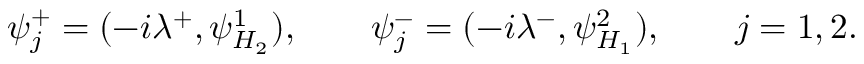
\psi _ { j } ^ { + } = ( - i \lambda ^ { + } , \psi _ { H _ { 2 } } ^ { 1 } ) , \qquad \psi _ { j } ^ { - } = ( - i \lambda ^ { - } , \psi _ { H _ { 1 } } ^ { 2 } ) , \qquad j = 1 , 2 .